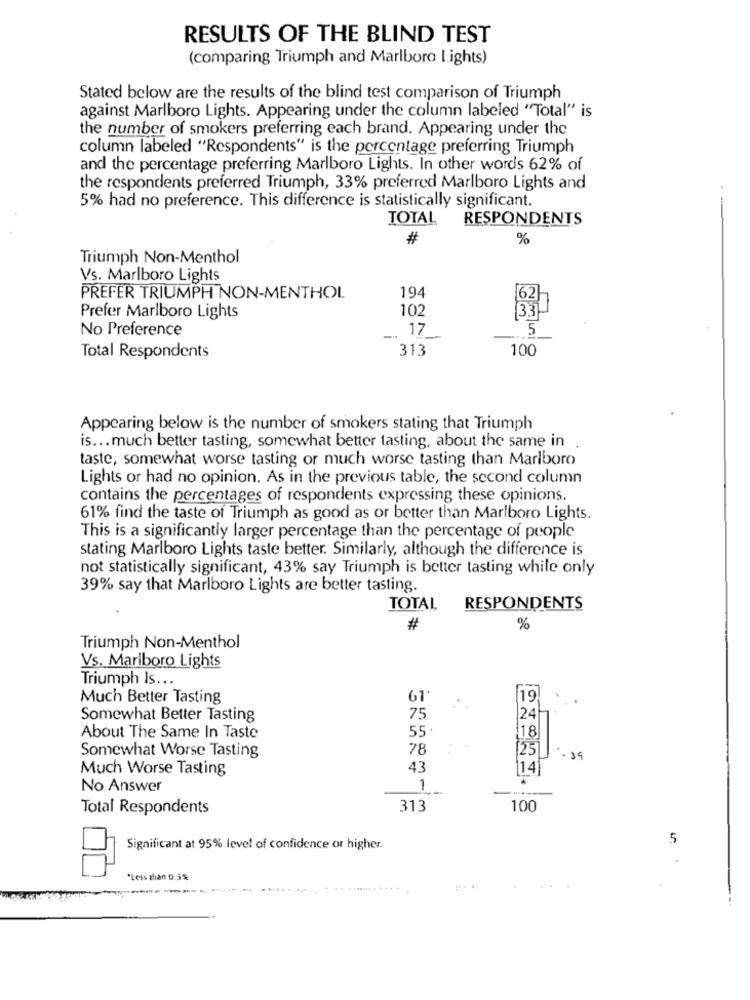
RESULTS OF THE BLIND TEST
(comparing Triumph and Marlboro lights)
Stated below are the results of the blind test comparison of Triumph
against Marlboro Lights. Appearing under the column labeled "Total" is
the number of smokers preferring each brand. Appearing under the
column labeled "Respondents" is the percentage preferring Triumph
and the percentage preferring Marlboro Lights. In other words 62% of
the respondents preferred Triumph, 33% preferred Marlboro Lights and
5% had no preference. This difference is statistically significant.
TOTAL
RESPONDENTS
#
%
Triumph Non-Menthol
Vs. Marlboro Lights
PREFER TRIUMPH NON-MENTHOL
194
102
33
Prefer Marlboro Lights
No Preference
. 17
5
-
313
100
Total Respondents
Appearing below is the number of smokers stating that Triumph
is ... much better tasting, somewhat better tasting, about the same in
taste, somewhat worse tasting or much worse tasting than Marlboro
Lights or had no opinion. As in the previous table, the second column
contains the percentages of respondents expressing these opinions.
61% find the taste of Triumph as good as or better than Marlboro Lights.
This is a significantly larger percentage than the percentage of people
stating Marlboro Lights taste better. Similarly, although the difference is
not statistically significant, 43% say Triumph is better tasting while only
39% say that Marlboro Lights are better tasting.
TOTAL
RESPONDENTS
#
%
Triumph Non-Menthol
Vs. Marlboro Lights
Triumph Is ...
Much Better Tasting
61
19
Somewhat Better Tasting
75
24}
55.
About The Same In Taste
:18
Somewhat Worse Tasting
78
[25]
.39
Much Worse Tasting
43
14
No Answer
1
Total Respondents
313
100
5
Significant at 95% level of confidence or higher.
"Less than 0.5%